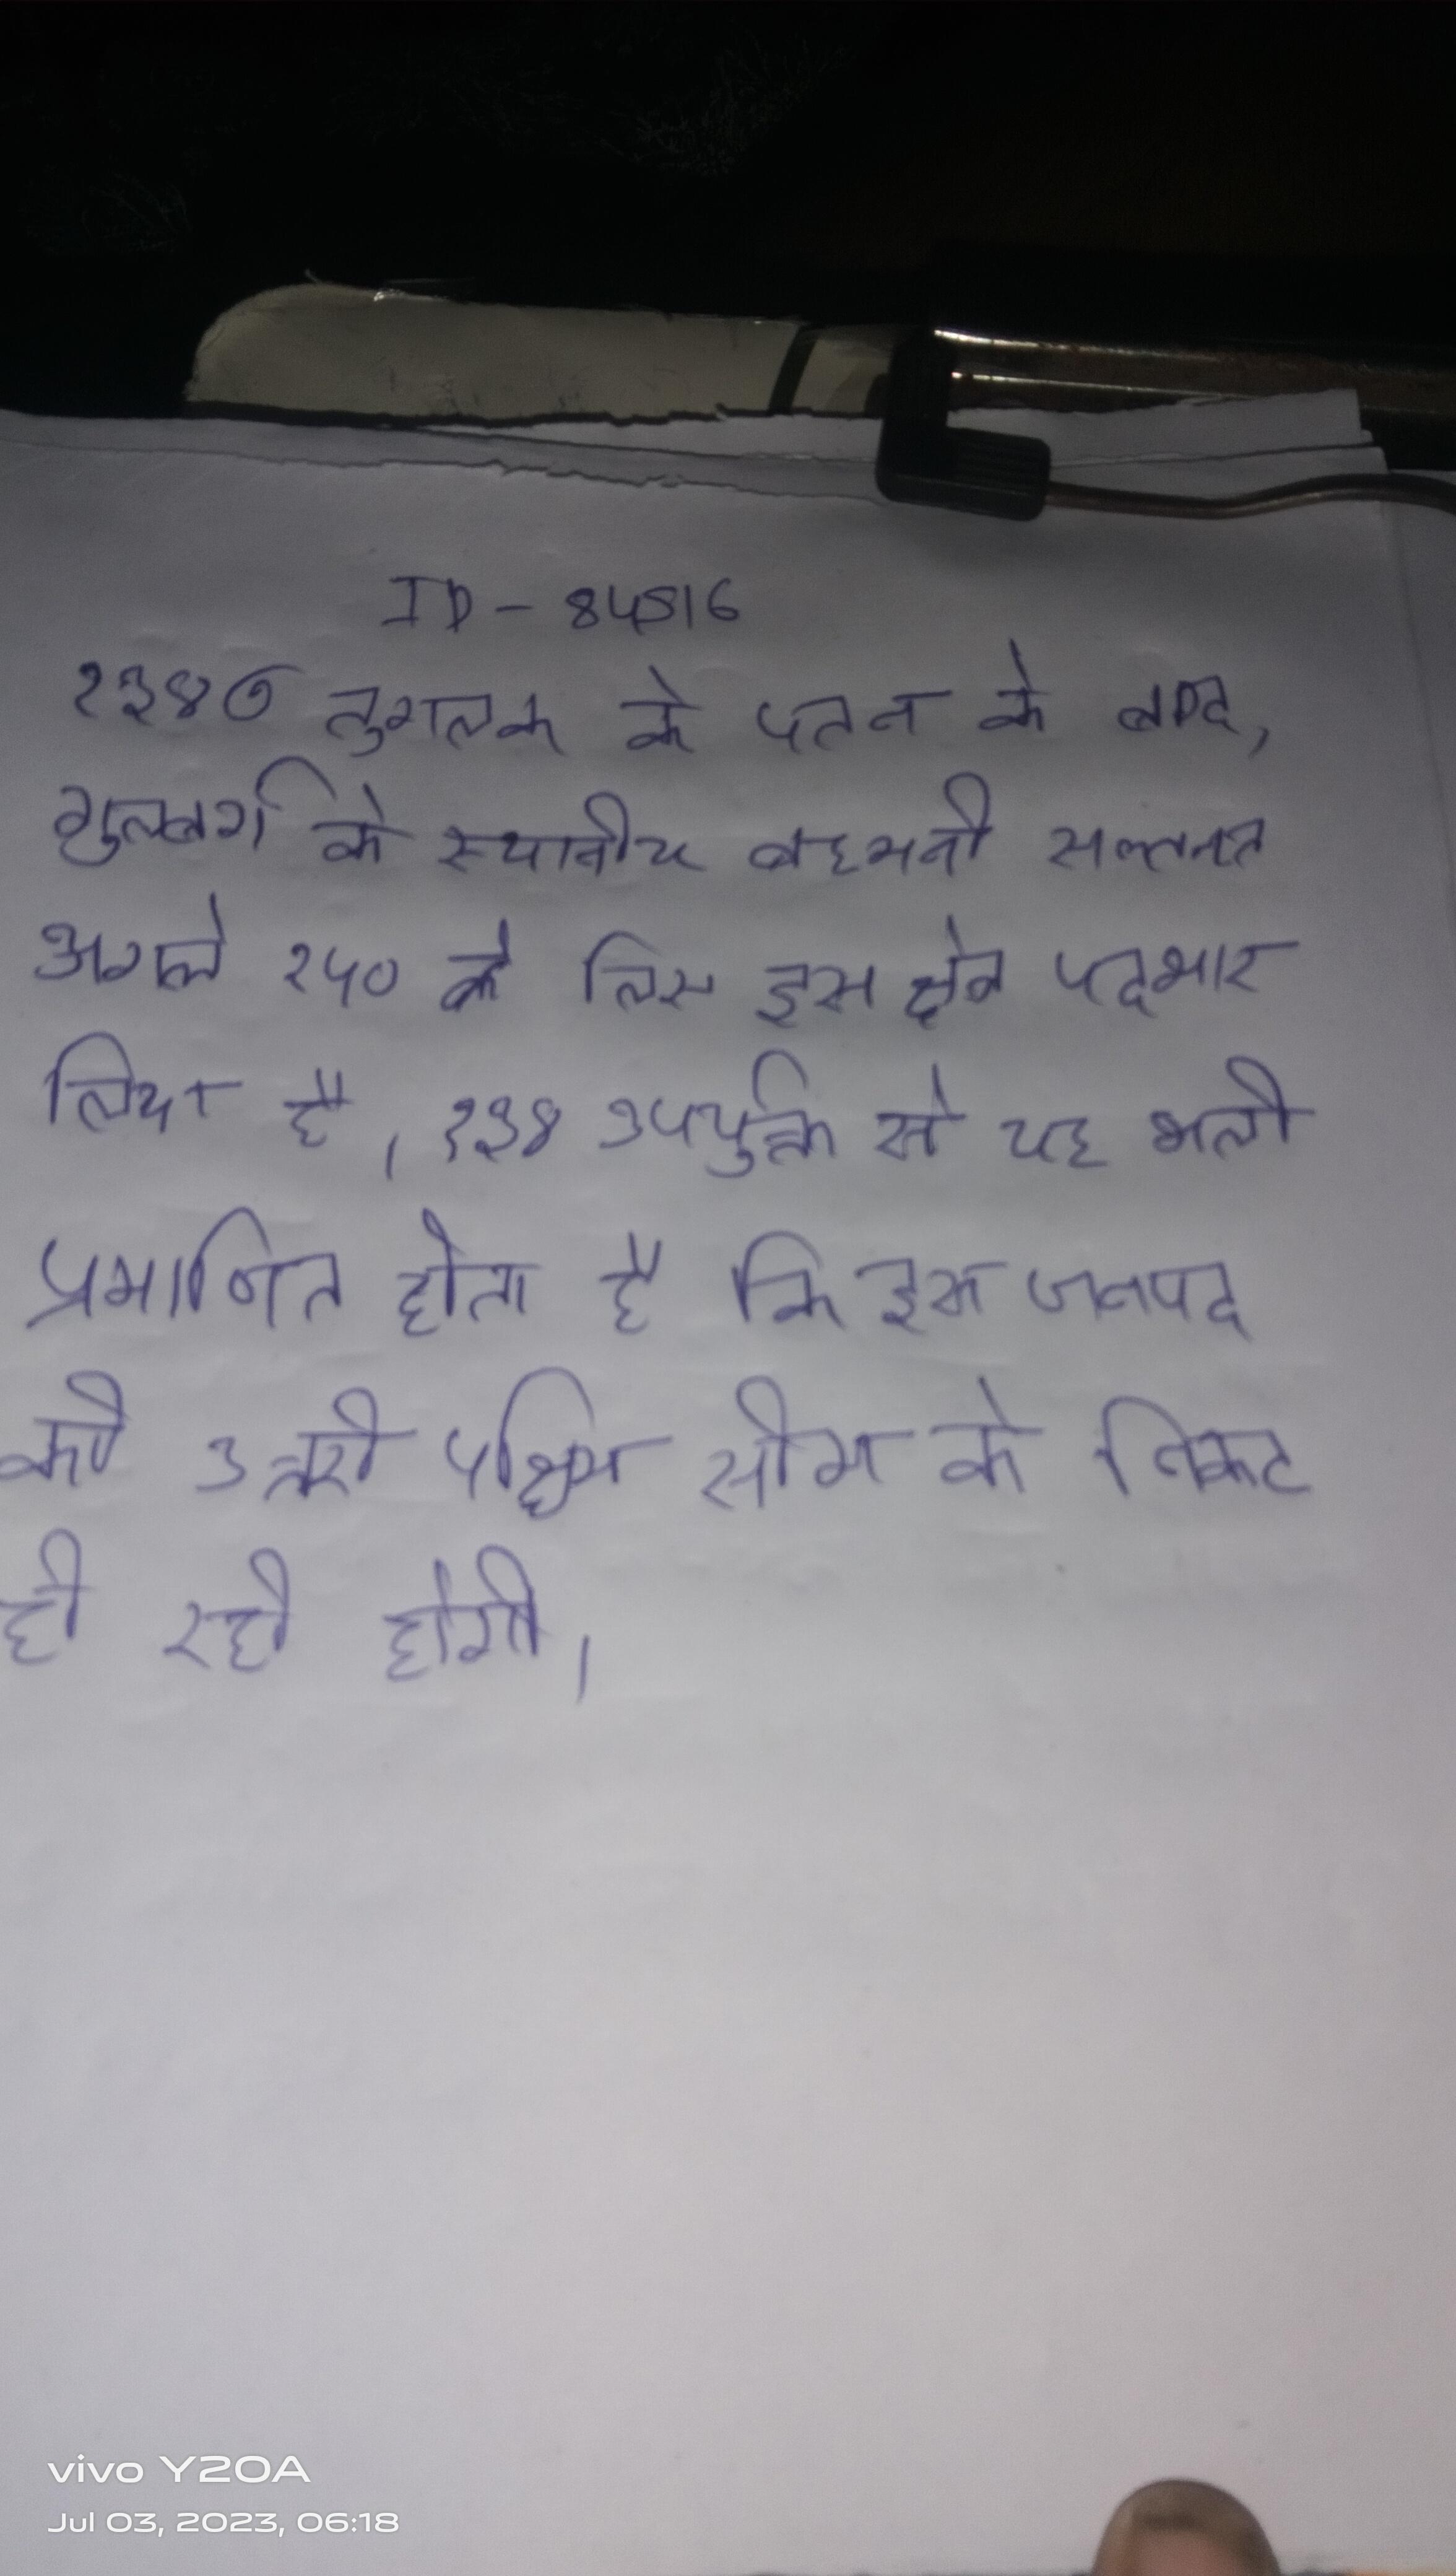
१३४७ तुगलक के पतन के बाद, गुलबर्ग के स्थानीय बहमनी सल्तनत अगले १५० के लिए इस क्षेत्र पदभार लिया है । १३४), उपर्युक्त से यह भली प्रमाणित होता है कि इस जनपद की स्थिति प्राचीन भारत की उत्तरी पश्चिमी सीमा के निकट ही रही होगी ।